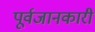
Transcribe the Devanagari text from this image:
पूर्वजानकारी